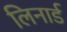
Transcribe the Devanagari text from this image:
लिनार्ड